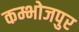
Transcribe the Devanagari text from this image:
कम्भोजपुर